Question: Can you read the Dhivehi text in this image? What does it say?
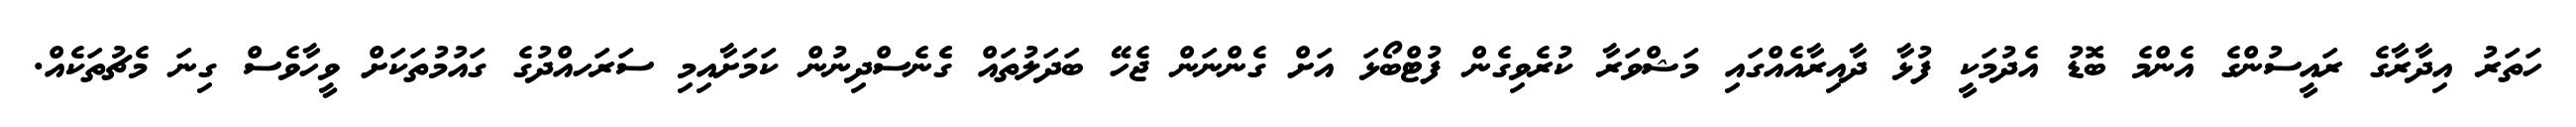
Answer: ހަތަރު އިދާރާގެ ރައީސުންގެ އެންމެ ބޮޑު އެދުމަކީ ފުޅާ ދާއިރާއެއްގައި މަޝްވަރާ ކުރެވިގެން ފުޓްބޯޅަ އަށް ގެންނަން ޖެހޭ ބަދަލުތައް ގެެނެސްދިނުން ކަމަށާއިމި ސަރަހއްދުގެ ގައުމުތަކަށް ވީހާވެސް ގިނަ މެޗުތަކެއް.